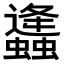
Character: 𧔧